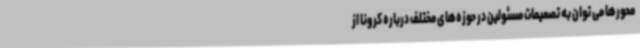
محورها می توان به تصمیمات مسئولین در حوزه‌های مختلف درباره کرونا از